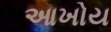
આખોય